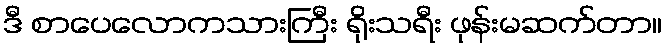
ဒီ စာပေလောကသားကြီး ရိုးသရီး ဖုန်းမဆက်တာ။